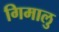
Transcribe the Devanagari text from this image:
गिमालु